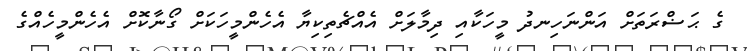
ގެ ޙަޟްރަތަށް އަންނަހިނދު މީހަކާއި ދިމާލަށް އެއްޗެތިކިޔާ އެހެންމީހަކަށް ގޯނާކޮށް އެހެންމީހެއްގެ